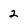
Character: 2